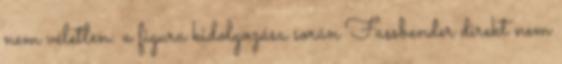
nem véletlen: a figura kidolgozása során Fassbender direkt nem